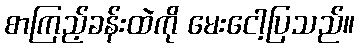
စာကြည့်ခန်းထဲကို မေးငေါ့ပြသည်။